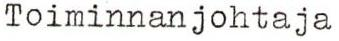
Toiminnanjohtaja